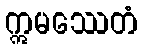
ဣမဿေတံ